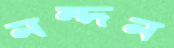
নন্দন